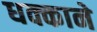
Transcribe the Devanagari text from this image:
धक्काने